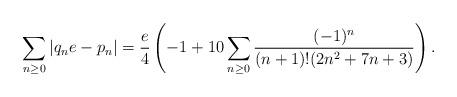
LaTeX: \begin{align*}\sum_{n \geq 0} |q_n e - p_n| = \frac{e}{4} \left(- 1 + 10 \sum_{n \geq 0} \frac{(-1)^n}{(n+1)! (2n^2 + 7n + 3)}\right).\end{align*}